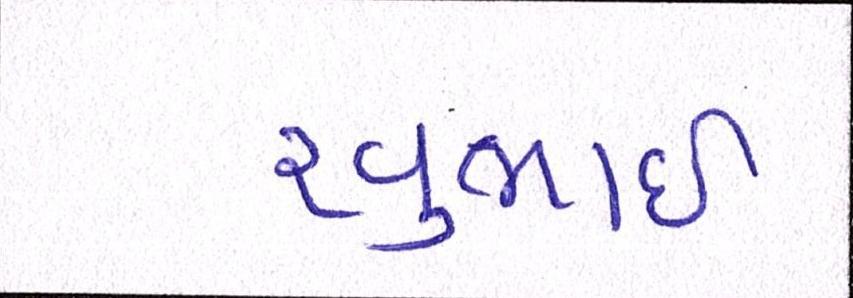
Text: રવુભાઇ